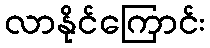
လာနိုင်ကြောင်း